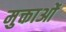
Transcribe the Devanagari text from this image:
मुक्ताओं